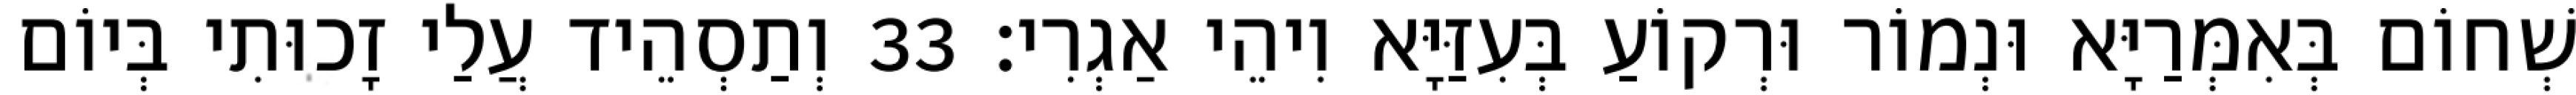
שְׁחוֹם בְּאִמְּרַיָּא וּנְמוֹר וּרְקוֹעַ בְּעִזַּיָּא וִיהֵי אַגְרִי׃ 33 וְתַסְהֵיד עֲלַי זָכוּתִי בְּיוֹם